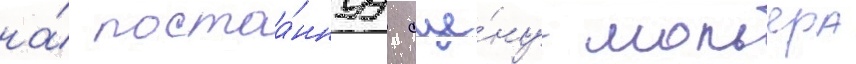
на́ постоа́ннуу сце́ну мольера